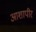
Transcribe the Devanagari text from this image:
आशापीर